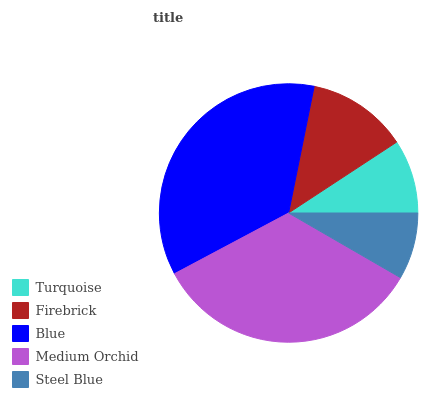
| Turquoise | Firebrick | Blue | Medium Orchid | Steel Blue |
 | --- | --- | --- | --- | --- |
 | 9.24% | 12.6% | 36% | 33.9% | 8.34% |